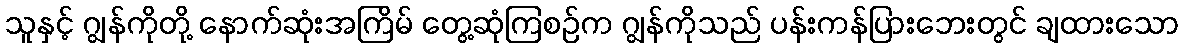
သူနှင့် ဂျွန်ကိုတို့ နောက်ဆုံးအကြိမ် တွေ့ဆုံကြစဉ်က ဂျွန်ကိုသည် ပန်းကန်ပြားဘေးတွင် ချထားသော